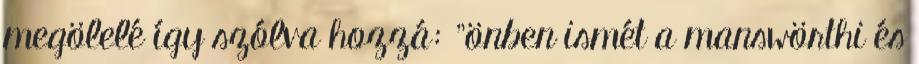
megölelé így szólva hozzá: "önben ismét a manswörthi és